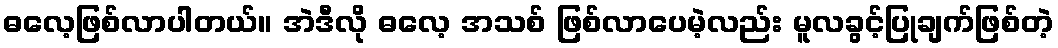
ဓလေ့ဖြစ်လာပါတယ်။ အဲဒီလို ဓလေ့ အသစ် ဖြစ်လာပေမဲ့လည်း မူလခွင့်ပြုချက်ဖြစ်တဲ့